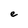
Character: e